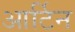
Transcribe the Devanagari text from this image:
आर्टिन